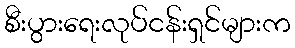
စီးပွားရေးလုပ်ငန်းရှင်များက